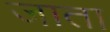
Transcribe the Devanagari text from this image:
जाता